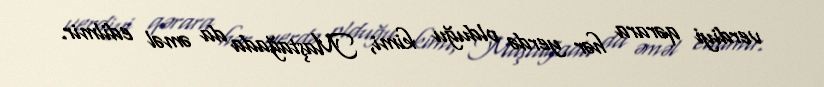
verdiyi qərara hər yerdə olduğu kimi, Maştağada da əməl edilmir.